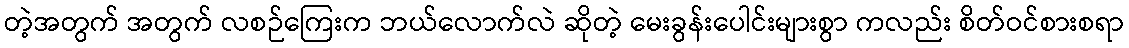
တဲ့အတွက် အတွက် လစဉ်ကြေးက ဘယ်လောက်လဲ ဆိုတဲ့ မေးခွန်းပေါင်းများစွာ ကလည်း စိတ်ဝင်စားစရာ